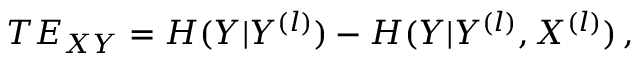
T E _ { X Y } = H ( Y | Y ^ { ( l ) } ) - H ( Y | Y ^ { ( l ) } , X ^ { ( l ) } ) \, ,